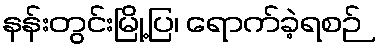
နန်းတွင်းမြို့ပြ၊ ရောက်ခဲ့ရစဉ်